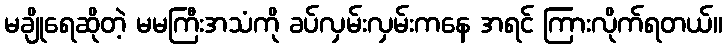
မချိုရေဆိုတဲ့ မမကြီးအသံကို ခပ်လှမ်းလှမ်းကနေ အရင် ကြားလိုက်ရတယ်။